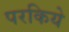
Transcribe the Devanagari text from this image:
परकिये